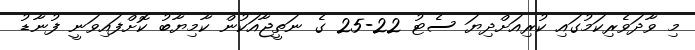
މި ވާދަވެރިކަމުގައި ކުރިއަށްދިޔަ ސެޓު 22-25 ގެ ނަތީޖާއަކުން ކާމިޔާބު ކޮށްފައިވަނީ ފުނާޑު